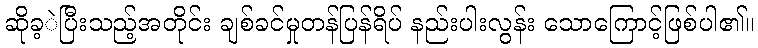
ဆိုခ့ဲပြီးသည့်အတိုင်း ချစ်ခင်မှုတန်ပြန်ရိပ် နည်းပါးလွန်း သောကြောင့်ဖြစ်ပါ၏။